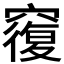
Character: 𥨍